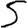
Digit: 5